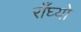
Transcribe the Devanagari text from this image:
राँघ्यो